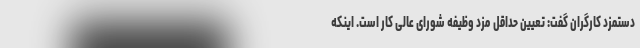
دستمزد کارگران گفت: تعیین حداقل مزد وظیفه شورای عالی کار است. اینکه